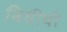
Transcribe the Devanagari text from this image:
विधींची